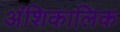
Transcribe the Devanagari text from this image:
अंशिकालिक